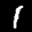
Label: 1